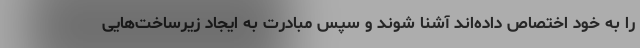
را به خود اختصاص داده‌اند آشنا شوند و سپس مبادرت به ایجاد زیرساخت‌هایی